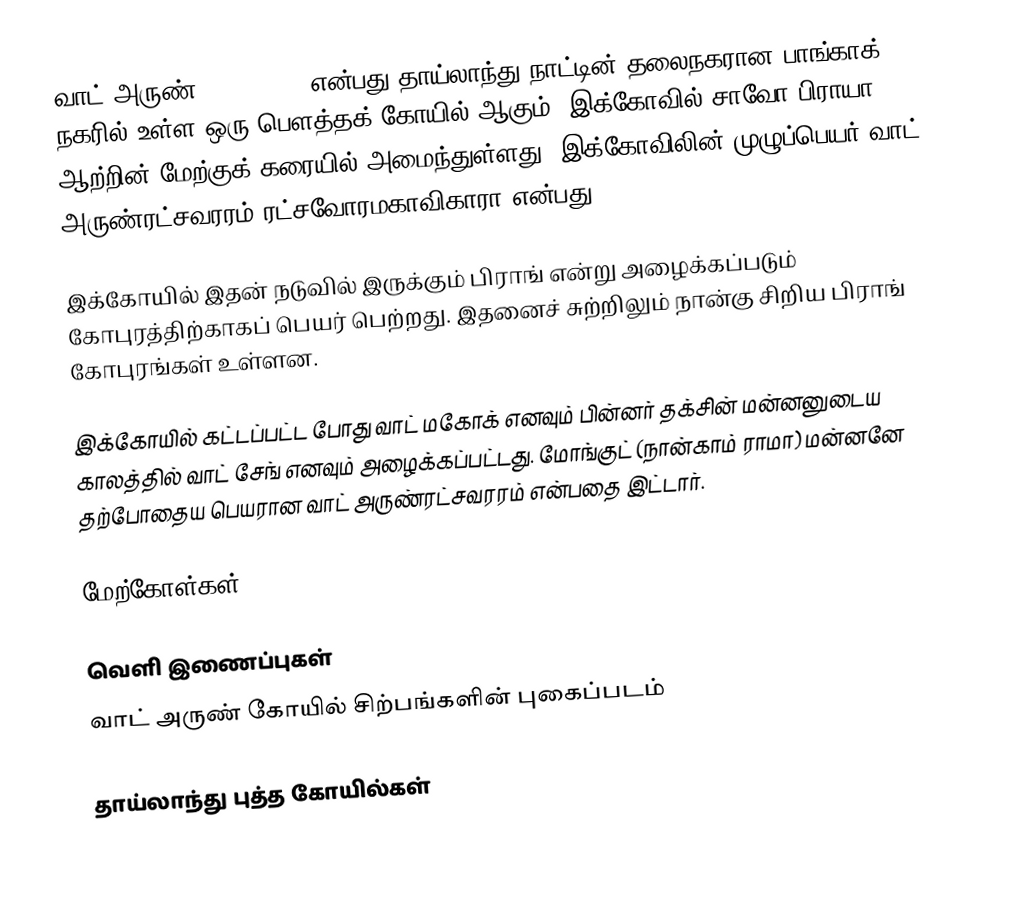
வாட் அருண் (Wat Arun) என்பது தாய்லாந்து நாட்டின் தலைநகரான  பாங்காக் நகரில் உள்ள ஒரு பௌத்தக் கோயில் ஆகும். இக்கோவில் சாவோ பிராயா ஆற்றின் மேற்குக் கரையில் அமைந்துள்ளது. இக்கோவிலின் முழுப்பெயர் வாட் அருண்ரட்சவரரம் ரட்சவோரமகாவிகாரா என்பது.

இக்கோயில் இதன் நடுவில் இருக்கும் பிராங்  என்று அழைக்கப்படும் கோபுரத்திற்காகப் பெயர் பெற்றது. இதனைச் சுற்றிலும் நான்கு சிறிய பிராங் கோபுரங்கள் உள்ளன.

இக்கோயில் கட்டப்பட்ட போது  வாட் மகோக்  எனவும் பின்னர் தக்சின் மன்னனுடைய காலத்தில் வாட் சேங்  எனவும் அழைக்கப்பட்டது. மோங்குட் (நான்காம் ராமா) மன்னனே தற்போதைய பெயரான வாட் அருண்ரட்சவரரம் என்பதை இட்டார்.

மேற்கோள்கள்

வெளி இணைப்புகள்
     வாட் அருண் கோயில் சிற்பங்களின் புகைப்படம்

தாய்லாந்து புத்த கோயில்கள்